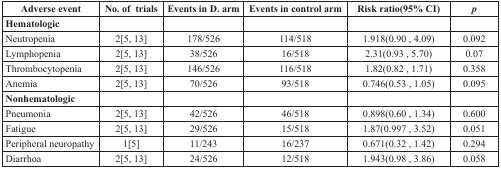
<table><thead><tr><td><b>Adverse event</b></td><td><b>No. of trials</b></td><td><b>Events in D. arm</b></td><td><b>Events in control arm</b></td><td><b>Risk ratio(95% CI)</b></td><td><b><i>p</i></b></td></tr></thead><tbody><tr><td><b>Hematologic</b></td><td></td><td></td><td></td><td></td><td></td></tr><tr><td>Neutropenia</td><td>2[5, 13]</td><td>178/526</td><td>114/518</td><td>1.918(0.90, 4.09)</td><td>0.092</td></tr><tr><td>Lymphopenia</td><td>2[5, 13]</td><td>38/526</td><td>16/518</td><td>2.31(0.93, 5.70)</td><td>0.07</td></tr><tr><td>Thrombocytopenia</td><td>2[5, 13]</td><td>146/526</td><td>116/518</td><td>1.82(0.82, 1.71)</td><td>0.358</td></tr><tr><td>Anemia</td><td>2[5, 13]</td><td>70/526</td><td>93/518</td><td>0.746(0.53, 1.05)</td><td>0.095</td></tr><tr><td><b>Nonhematologic</b></td><td></td><td></td><td></td><td></td><td></td></tr><tr><td>Pneumonia</td><td>2[5, 13]</td><td>42/526</td><td>46/518</td><td>0.898(0.60, 1.34)</td><td>0.600</td></tr><tr><td>Fatigue</td><td>2[5, 13]</td><td>29/526</td><td>15/518</td><td>1.87(0.997, 3.52)</td><td>0.051</td></tr><tr><td>Peripheral neuropathy</td><td>1[5]</td><td>11/243</td><td>16/237</td><td>0.671(0.32, 1.42)</td><td>0.294</td></tr><tr><td>Diarrhoa</td><td>2[5, 13]</td><td>24/526</td><td>12/518</td><td>1.943(0.98, 3.86)</td><td>0.058</td></tr></tbody></table>